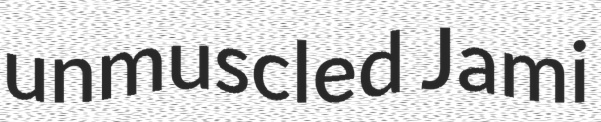
unmuscled Jami